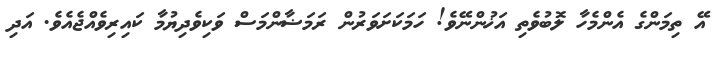
އޭ ތިމަންގެ އެންމެހާ ލޮބުވެތި އަޚުންނޭވެ! ހަމަކަށަވަރުން ރަމަޟާންމަސް ވަކިވެދިޔުމާ ކައިރިވެއްޖެއެވެ. އަދި